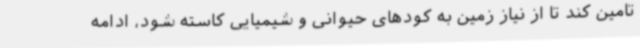
تامین کند تا از نیاز زمین به کودهای حیوانی و شیمیایی کاسته شود، ادامه